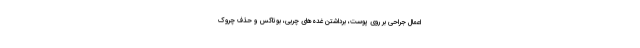
اعمال جراحی بر روی پوست، برداشتن غده‌های چربی، بوتاکس و حذف چروک